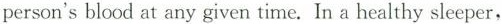
person'sblood at any given time. In a healthy sleeper,